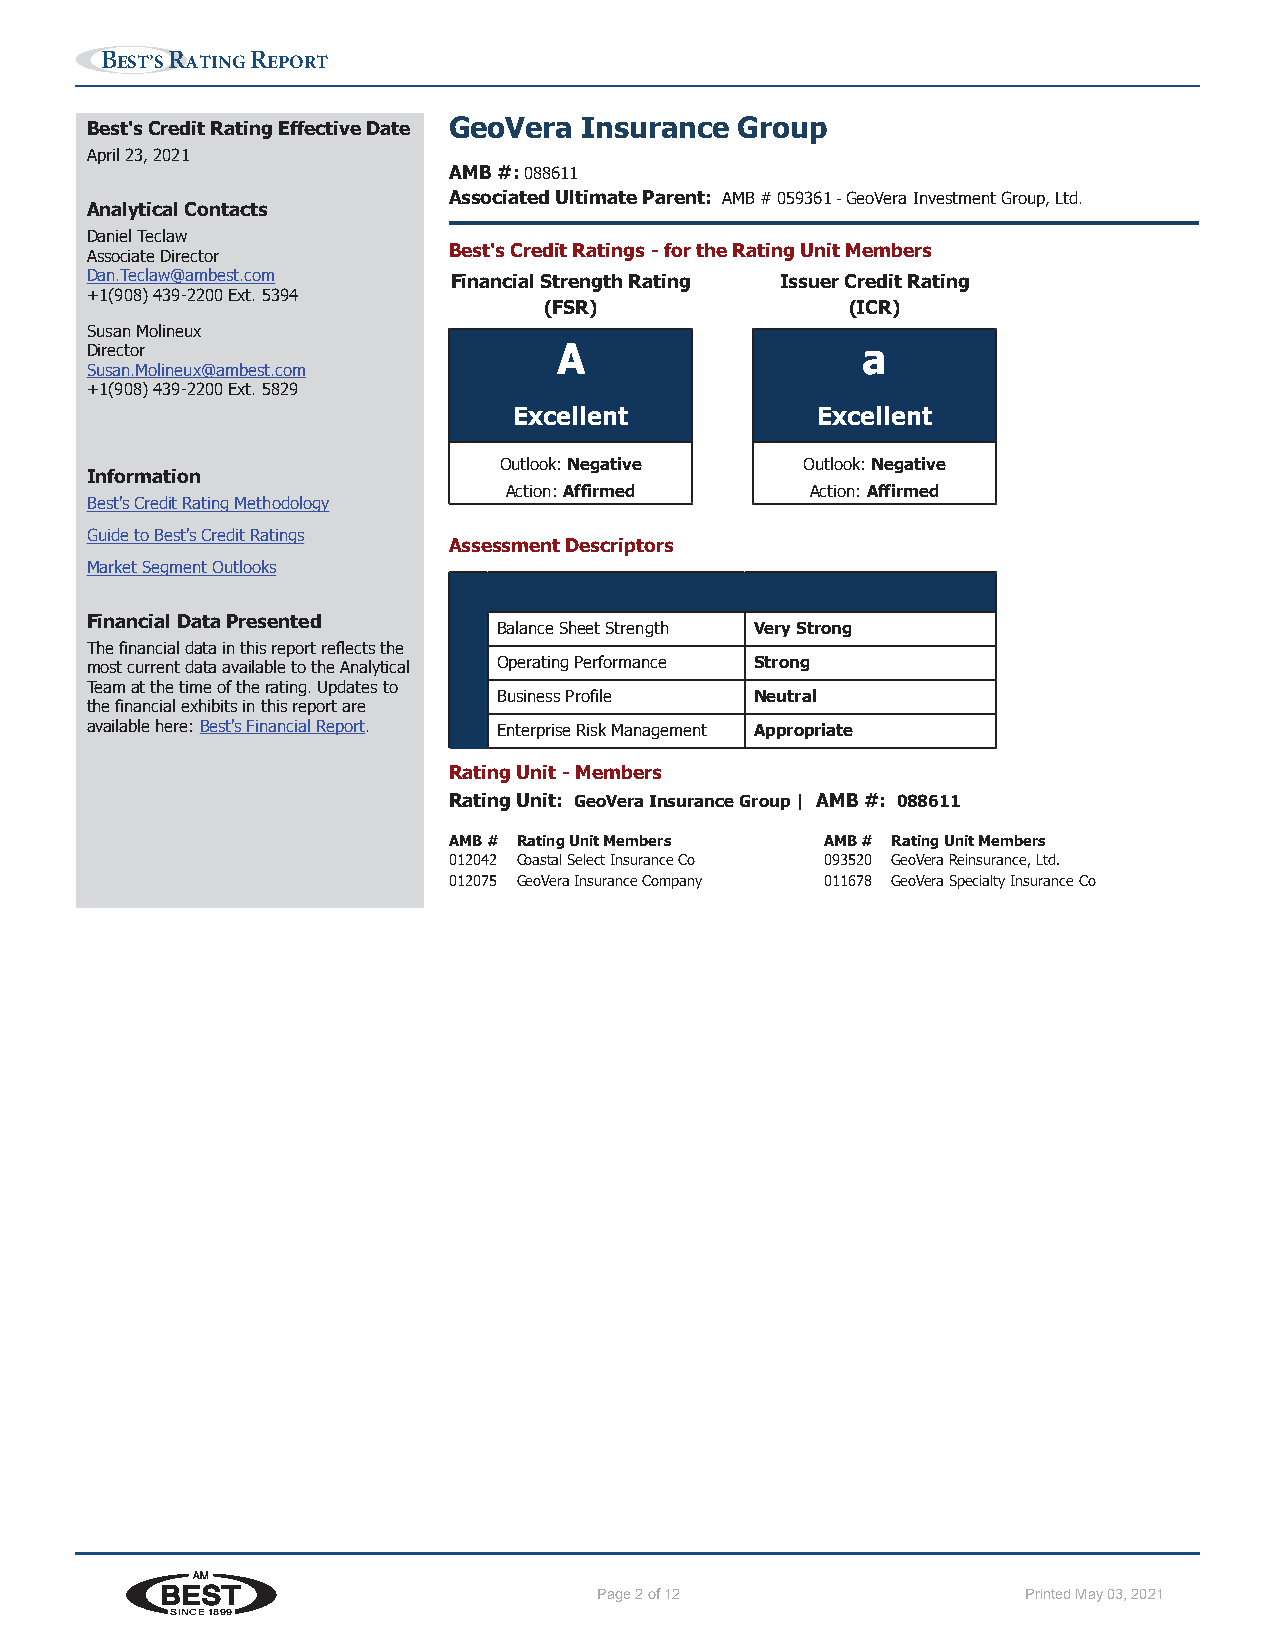
BEST’S RATING REPORT
 Best's Credit Rating Effective Date GeoVera Insurance Group
 April 23, 2021
 AMB #: 088611
 Associated Ultimate Parent: AMB # 059361 - GeoVera Investment Group, Ltd.
 Analytical Contacts
 Daniel Teclaw
 Associate Director      Best's Credit Ratings - for the Rating Unit Members
 Dan.Teclaw@ambest.com   Financial Strength Rating Issuer Credit Rating
 +1(908) 439-2200 Ext. 5394
 (FSR)               (ICR)
 Susan Molineux
 Director                       A                   a
 Susan.Molineux@ambest.com
 +1(908) 439-2200 Ext. 5829
 Excellent           Excellent
 Outlook: Negative   Outlook: Negative
 Information
 Action: Affirmed    Action: Affirmed
 Best's Credit Rating Methodology
 Guide to Best's Credit Ratings
 Assessment Descriptors
 Market Segment Outlooks
 Financial Data Presented
 Balance Sheet Strength Very Strong
 The financial data in this report reflects the
 most current data available to the Analytical Operating Performance Strong
 Team at the time of the rating. Updates to
 Business Profile Neutral
 the financial exhibits in this report are
 available here: Best's Financial Report. Enterprise Risk Management Appropriate
 Rating Unit - Members
 Rating Unit: GeoVera Insurance Group | AMB #: 088611
 AMB # Rating Unit Members AMB # Rating Unit Members
 012042 Coastal Select Insurance Co 093520 GeoVera Reinsurance, Ltd.
 012075 GeoVera Insurance Company 011678 GeoVera Specialty Insurance Co
 www.ambest.com                                                         Page 2
 Page 2 of 12                Printed May 03, 2021
 SINCE 1899            Printed for Bcrs on April 30, 2021